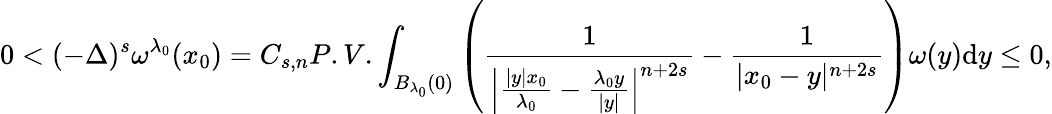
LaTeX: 0<(-\Delta)^{s}\omega^{\lambda_{0}}(x_{0})=C_{s,n}P.V.\int_{B_{\lambda_{0}}(0)}\left(\frac{1}{\left|\frac{|y|x_{0}}{\lambda_{0}}-\frac{\lambda_{0}y}{|y|}\right|^{n+2s}}-\frac{1}{|x_{0}-y|^{n+2s}}\right)\omega(y)\mathrm{d}y\leq 0,